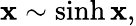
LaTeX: \mathbf{x}\sim\sinh\mathbf{x},